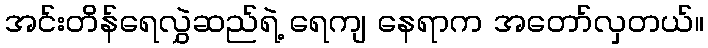
အင်းတိန်ရေလွှဲဆည်ရဲ့ ရေကျ နေရာက အတော်လှတယ်။